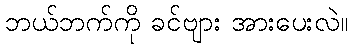
ဘယ်ဘက်ကို ခင်ဗျား အားပေးလဲ။